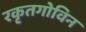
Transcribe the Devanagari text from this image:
रकृतगोविन